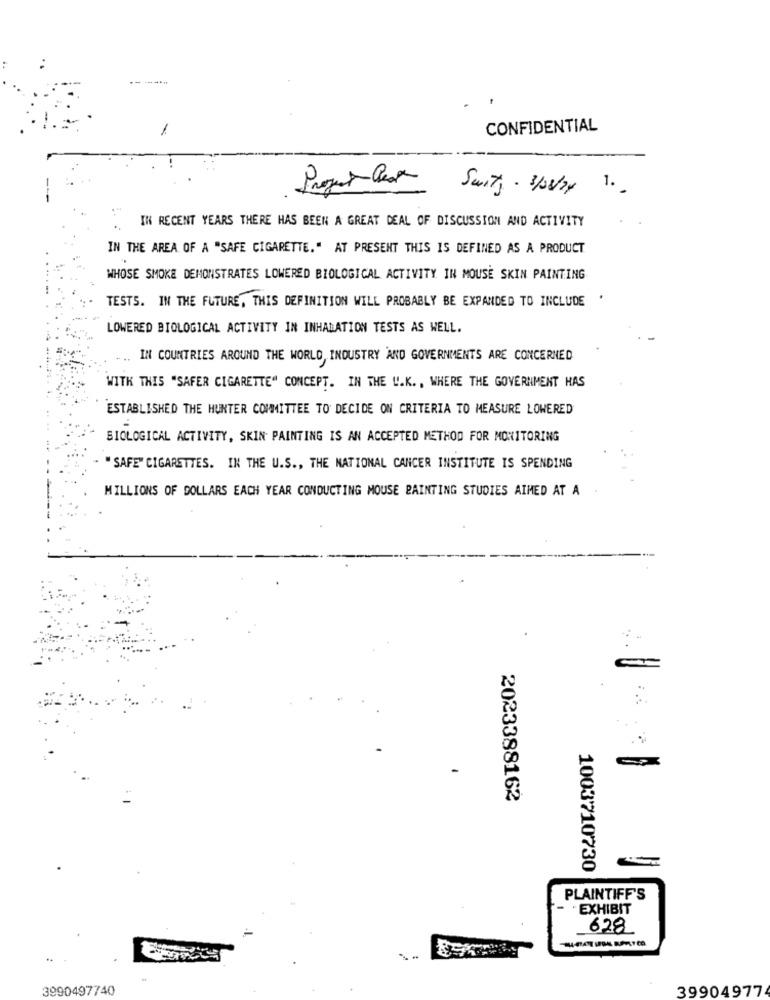
1
CONFIDENTIAL
Project Best
Suits - 3/08/24 1.
IN RECENT YEARS THERE HAS BEEN A GREAT DEAL OF DISCUSSION AND ACTIVITY
IN THE AREA OF A "SAFE CIGARETTE." AT PRESENT THIS IS DEFINED AS A PRODUCT
WHOSE SMOKE DEMONSTRATES LOWERED BIOLOGICAL ACTIVITY IN MOUSE SKIN PAINTING
TESTS. IN THE FUTURE, THIS DEFINITION WILL PROBABLY BE EXPANDED TO INCLUDE
LOWERED BIOLOGICAL ACTIVITY IN INHALATION TESTS AS WELL.
IN COUNTRIES AROUND THE WORLD, INDUSTRY AND GOVERNMENTS ARE CONCERNED
WITK THIS "SAFER CIGARETTE" CONCEPT. IN THE U.K. , WHERE THE GOVERNMENT HAS
ESTABLISHED THE HUNTER COMMITTEE TO DECIDE ON CRITERIA TO MEASURE LOWERED
BIOLOGICAL ACTIVITY, SKIN PAINTING IS AN ACCEPTED METHOD FOR MONITORING
"SAFE" CIGARETTES. IN THE U.S ., THE NATIONAL CANCER INSTITUTE IS SPENDING
MILLIONS OF DOLLARS EACH YEAR CONDUCTING MOUSE PAINTING STUDIES AIMED AT A
2023388162
1003710730
PLAINTIFF'S
- . EXHIBIT
628
3990497740
39904977